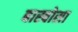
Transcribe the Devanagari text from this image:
बास्बोसा